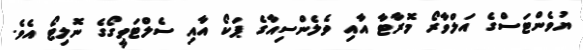
ޔުވެންޓަސްގެ އަލްވާރޯ މޮރާޓާ އާއި ވެލެންސިއާގެ ޕަކޯ އާއި ސެލްޓަވީގޯގެ ނޮލިޓޯ އެވެ.